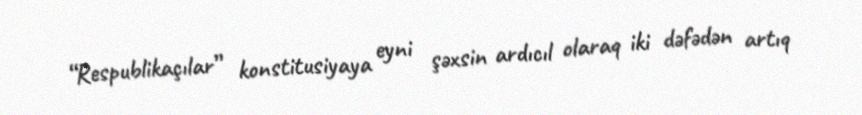
“Respublikaçılar” konstitusiyaya eyni şəxsin ardıcıl olaraq iki dəfədən artıq